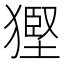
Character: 𤠿